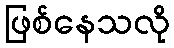
ဖြစ်နေသလို